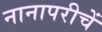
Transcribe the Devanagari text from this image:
नानापरीचें